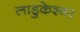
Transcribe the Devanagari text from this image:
लाडुकेश्वर